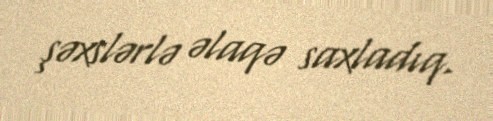
şəxslərlə əlaqə saxladıq.